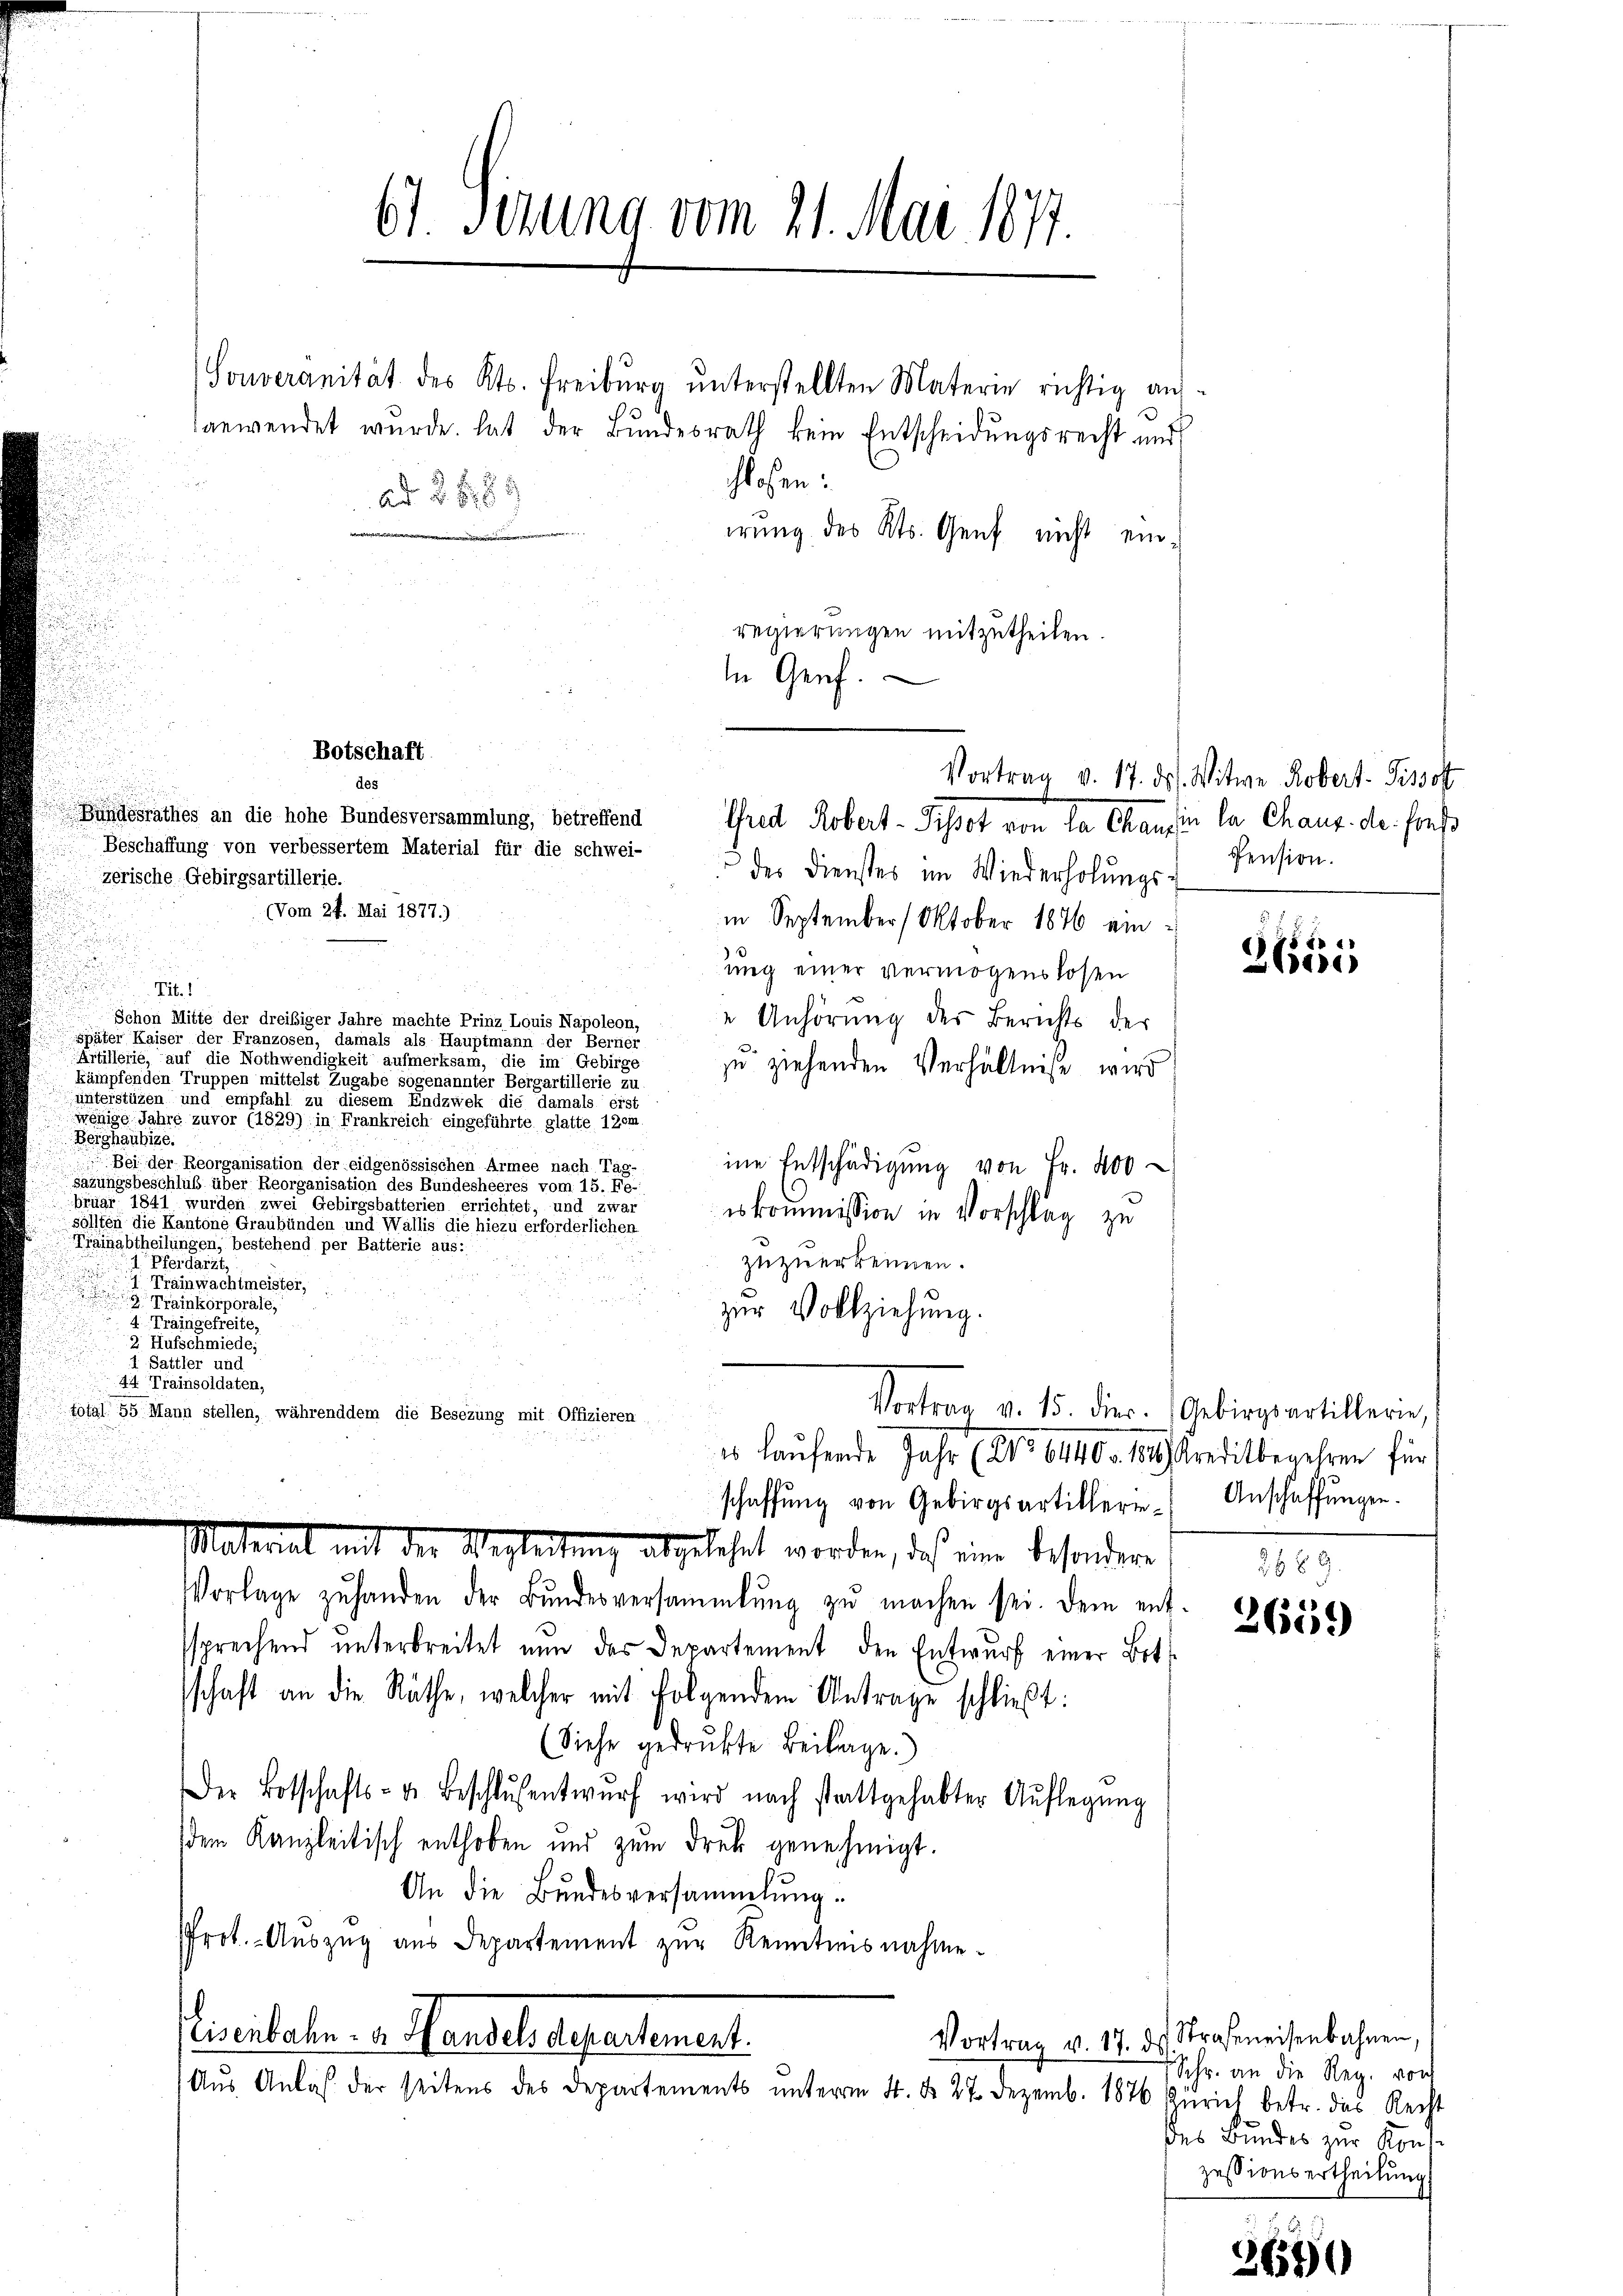
zerische Gebirgsartillerie.

Souveranität des Kts. Freiburg unterstellten Materie richtig aufanwendet wurde hat der Bundesrath kein Entscheidungsrecht und
chlossen:
irung des Kts. Genf nicht einregierungen mitzutheilen.
in Genf.

61. Serung vom 21. Mai 1877.

des

Ad 288

Botschaft

Bundesrathes an die hohe Bundesversammlung, betreffend
Beschaffung von verbessertem Material für die schwei-
der Dienstes im Wiederholŭngs-
(Vom 24. Mai 1877.)
in September 1 Oktober 1876 einung einer vermögenslosen
Tit. 1
Schon Mitte der dreisiger Jahre machte Prinz Louis Napoleon,
 Anhörung des Berichts der
später Kaiser der Franzosen, damals als Hauptmann der Berner
.
Artillene, auf die Nothwendigkeit aufmerksam, die im Gebirge
zu ziehenden Verhältniße wird
kämpfenden Truppen mittelst Zugabe sogenannter Bergartillerie zu
unterstüzen und empfahl zu diesem Endzwek die damals erst
wenige Jahre zuvor (1829) in Frankreich eingeführte glatte 12em
Berghaubige
Bei der Reorganisation der eidgenössischen Armee nach Tag-
ine Entschädigung von Fr. 400
sazungsbeschluß über Reorganisation des Bundesheeres vom 15. Fe
bruar 1841 wurden zwei Gebirgsbattenen nichtet, und zwar
eskommission in Vorschlag zu
sollten die Kantone Graubünden und Wallis die hiezu erforderlichen
Trainabtheilungen, bestehend per Batterie aus:
1 Pferdarzt,
zuzuerkennen.
I. Tramwachtmeister,
u
 Trinkorporats,
zur Vollziehung.
 4 Traingefreite,
2
 Balter die
44. Trainsoldaten,
Vortrag v. 15. dier. Gebirgsartillerie,
total 55 Mann stellen, währenddem die Besezung mit Offizieren

Vorlage zŭ handen der Bŭndesversammlung zŭ machen sei. Dem ent
ssprechend unterbreitet nun das Departement den Entwurf einer Betschaft an die Räthe, welcher mit folgendem Antrage schließt:
(Siehe gedrukte Beilage.)
Der Botschafts- u. Beschlŭsentwŭrf wird nach stattgehabter Auflegŭng
dem Kanzleitisch enthoben und zum Druk genehmigt.
An die Bundesversammlung.
Prot. Aŭszŭg aŭs Departement zŭr Kenntnisnahme.
licitate v. Handelaufertement.
Aŭs Anlaβ der seitens des Departements ŭnterm 4. d. 27. Dezemb. 1876 Zürich betr. das Recht

Thred Robert-Schet von de Chausen la chaus. de. Freß

schaffŭng von Gebirgsartillerien Anschaffŭngen.
Material mit der Wegleitung abgelehnt worden, daß eine besondere

es laufende Jahr 1. No 6440 - 180. Kreditbegehren für

Vortrag v. 17. ds. Witwe Kobert- Pissol
Pension.

.

4)
ese

119.

26559)

Vortrag v. 17. d. Straßeneisenbahnen,
Schr. an die Reg. vor
des Bundes zur Kons.
zessionsertheilung

650